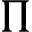
\Pi